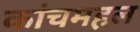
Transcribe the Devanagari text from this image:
कांचमहल